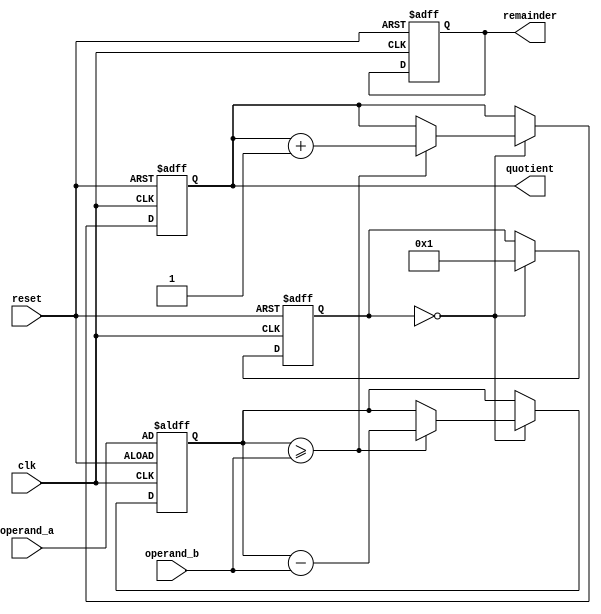
module pipelined_divider (
  input wire clk,
  input wire reset,
  input wire [31:0] operand_a,
  input wire [31:0] operand_b,
  output reg [31:0] quotient,
  output reg [31:0] remainder
);

reg [31:0] partial_remainder;
reg [3:0] stage;

always @(posedge clk or posedge reset) begin
  if (reset) begin
    quotient <= 32'd0;
    remainder <= 32'd0;
    partial_remainder <= operand_a;
    stage <= 0;
  end else begin
    case (stage)
      0: begin
        if (partial_remainder >= operand_b) begin
          partial_remainder <= partial_remainder - operand_b;
          quotient <= quotient + {1'b0, 1'b1};
        end
        stage <= 1;
      end
      1: begin
        // Add more stages here for parallel operations
        // Example: Stage 1 can perform shifting operations
        // and subsequent stages can perform more complex
        // arithmetic operations.
      end
    endcase
  end
end

endmodule